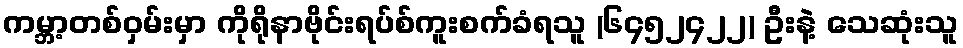
ကမ္ဘာ့တစ်ဝှမ်းမှာ ကိုရိုနာဗိုင်းရပ်စ်ကူးစက်ခံရသူ (၆၄၅၂၄၂၂) ဦးနဲ့ သေဆုံးသူ